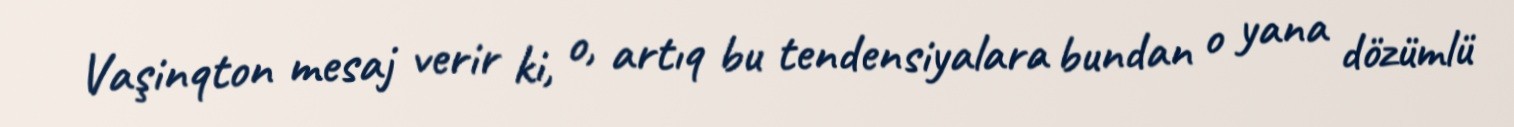
Vaşinqton mesaj verir ki, o, artıq bu tendensiyalara bundan o yana dözümlü